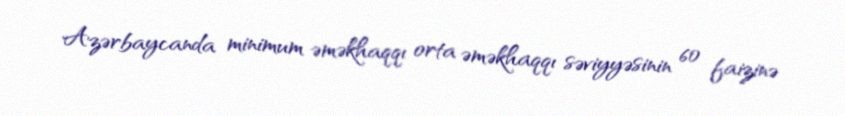
Azərbaycanda minimum əməkhaqqı orta əməkhaqqı səviyyəsinin 60 faizinə